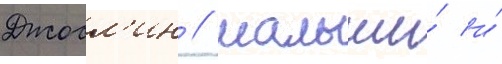
Джосл'ин / малыши́ и́